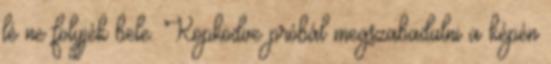
lé ne folyjék bele. Köpködve próbál megszabadulni a képén